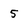
Character: 5